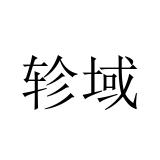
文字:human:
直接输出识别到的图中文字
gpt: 轸域